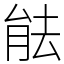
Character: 䏻